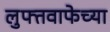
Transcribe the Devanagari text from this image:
लुफ्तवाफेच्या